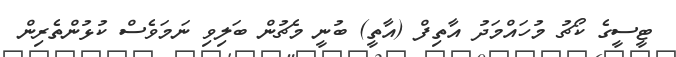
ޓީސީގެ ކޯޗު މުހައްމަދު އާތިފް (އާތީ) ބުނީ މެޗުން ބަލިވި ނަމަވެސް ކުޅުންތެރިން